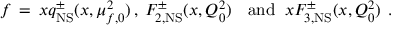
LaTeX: f \, = \, x q _ { \mathrm { N S } } ^ { \pm } ( x , \mu _ { f , 0 } ^ { 2 } ) \, , \: F _ { 2 , \mathrm { N S } } ^ { \pm } ( x , Q _ { 0 } ^ { 2 } ) \, \: \: \mathrm { ~ a n d ~ } \: x F _ { 3 , \mathrm { N S } } ^ { \pm } ( x , Q _ { 0 } ^ { 2 } ) \: \: .